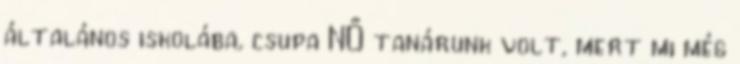
általános iskolába, csupa NŐ tanárunk volt, mert mi még